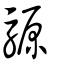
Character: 騵